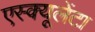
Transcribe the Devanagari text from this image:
एस्क्यूलेंटा